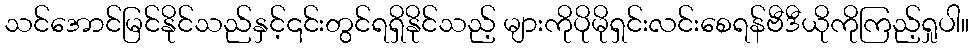
သင်အောင်မြင်နိုင်သည်နှင့်၎င်းတွင်ရရှိနိုင်သည့် များကိုပိုမိုရှင်းလင်းစေရန်ဗီဒီယိုကိုကြည့်ရှုပါ။